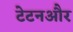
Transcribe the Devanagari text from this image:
टेटनऔर